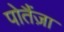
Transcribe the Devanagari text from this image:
पोतैंज़ा